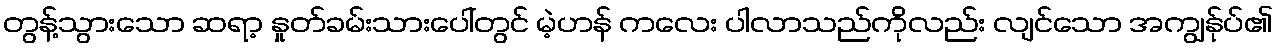
တွန့်သွားသော ဆရာ့ နှုတ်ခမ်းသားပေါ်တွင် မဲ့ဟန် ကလေး ပါလာသည်ကိုလည်း လျင်သော အကျွန်ုပ်၏